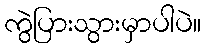
ကွဲပြားသွားမှာပါပဲ။